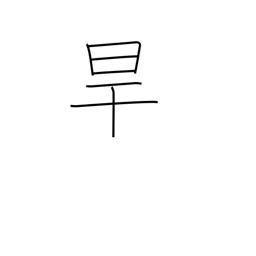
Meaning: drought